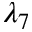
\lambda _ { 7 }